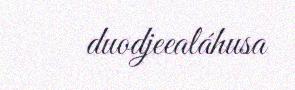
duodjeealáhusa